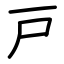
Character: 戸